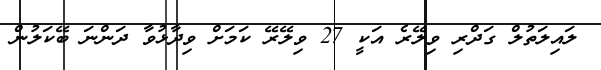
ލައިލަތުލް ގަދްރި ވިލޭރެ އަކީ 27 ވިލޭރޭ ކަމަށް ވިދާޅުވާ ދަންނަ ބޭކަލުން